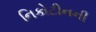
નિકોટીનની